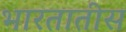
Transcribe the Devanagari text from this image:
भारतातीस